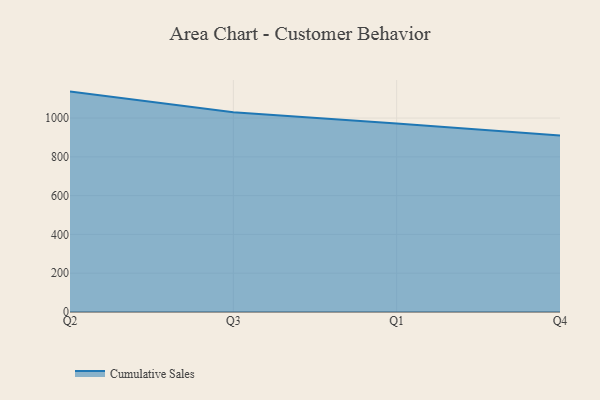
{"axis": {"x": "Quarter", "y": "Gross Profit (USD K)"}, "legend": ["Cumulative Sales"], "data": [{"x": "Q2", "y": 1136.5, "type": "Cumulative Sales"}, {"x": "Q3", "y": 1029.5, "type": "Cumulative Sales"}, {"x": "Q1", "y": 971.4, "type": "Cumulative Sales"}, {"x": "Q4", "y": 910.7, "type": "Cumulative Sales"}]}